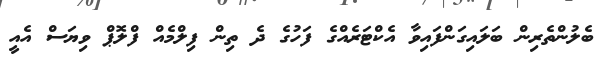
ބެލުންތެރިން ބަލައިގަންފައިވާ އެކްޓަރެއްގެ ފަހުގެ ދެ ތިން ފިލްމެއް ފްލޮޕް ވިޔަސް އެއީ